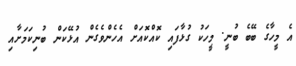
އެ މީހާގެ ބޭބެ ބުނީ. މީހަކު ގުޅާފައި ކޮއްކޮއަށް އެހެންވެގެން އުޅޭކަން ބުނިކަމަށާއި